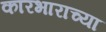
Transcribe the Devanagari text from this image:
कारभाराच्या